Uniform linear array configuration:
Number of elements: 12
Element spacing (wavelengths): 0.5
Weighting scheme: hann
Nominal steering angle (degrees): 45
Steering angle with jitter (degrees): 44.655
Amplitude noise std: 0.05
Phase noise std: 0.05

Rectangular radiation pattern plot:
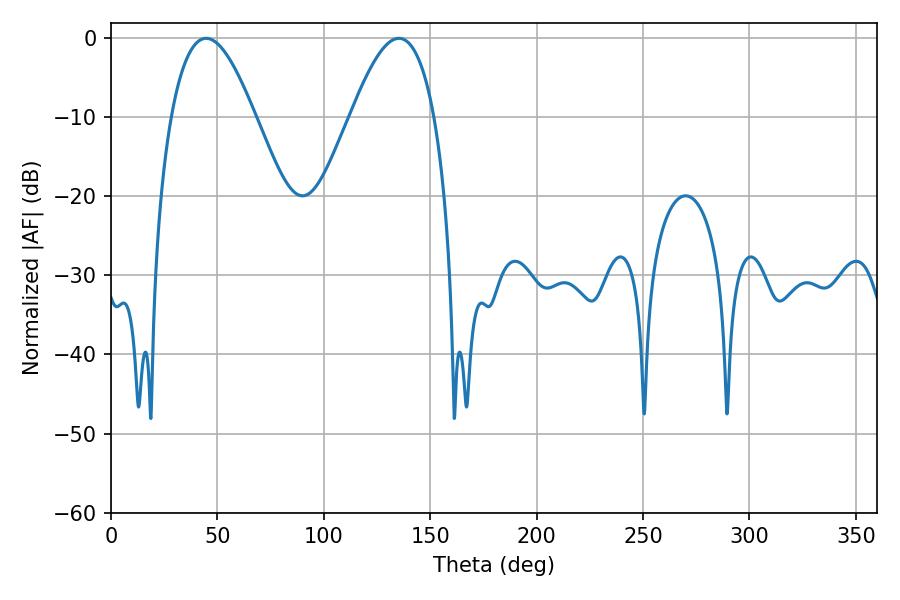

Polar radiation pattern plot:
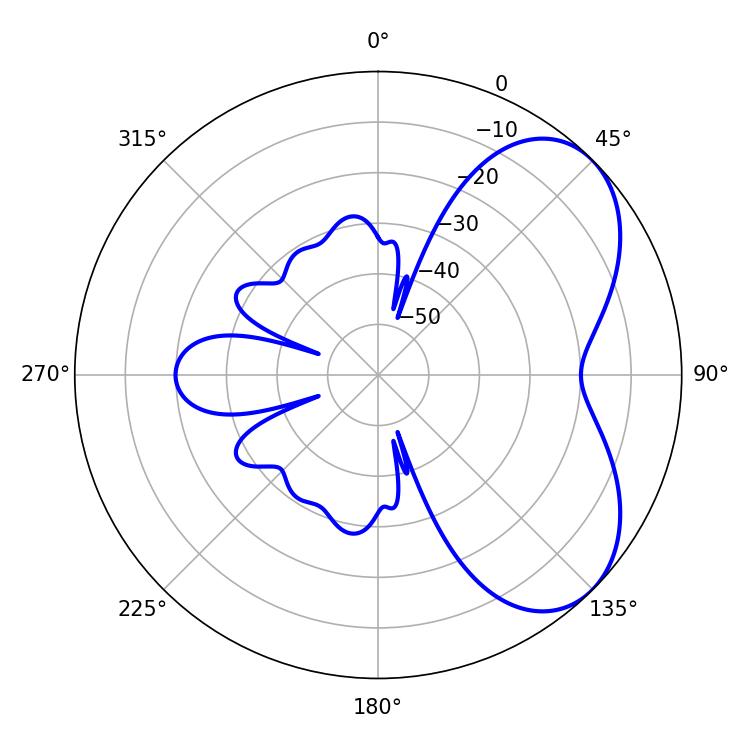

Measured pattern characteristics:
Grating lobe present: FALSE
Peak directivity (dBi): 5.341
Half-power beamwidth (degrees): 21.6
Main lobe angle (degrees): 44.64